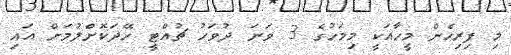
މި ފިރިހެން މީހާއަކީ މިމަހުގެ 3 ވަނަ ދުވަހު ޗުއްޓީ ހޭދަކޮށްލުމަށް އައި